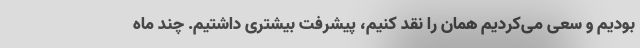
بودیم و سعی می‌کردیم همان را نقد کنیم، پیشرفت بیشتری داشتیم. چند ماه